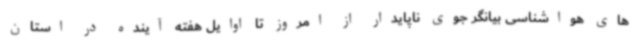
های هواشناسی بیانگر جوی ناپایدار از امروز تا اوایل هفته آینده در استان